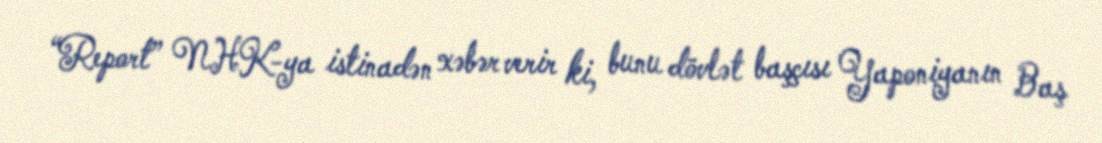
“Report” NHK-ya istinadən xəbər verir ki, bunu dövlət başçısı Yaponiyanın Baş